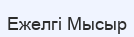
Ежелгі Мысыр